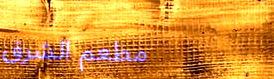
مطعم الشرق